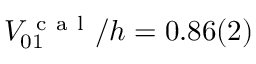
V _ { 0 1 } ^ { \mathrm { ~ c ~ a ~ l ~ } } / h = 0 . 8 6 ( 2 )